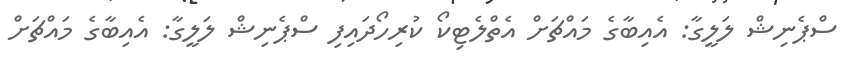
ސްޕެނިޝް ލަލީގާ: އެއިބާގެ މައްޗަށް އެތްލެޓިކޯ ކުރިހޯދައިފި ސްޕެނިޝް ލަލީގާ: އެއިބާގެ މައްޗަށް